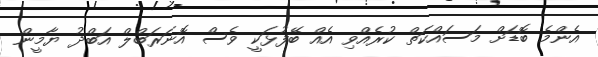
އެންމެ ބޮޑަށް މަސައްކަތް ކުރެއްވި އެއް ބޭފުޅަކީ ވެސް އޮނަރަބްލް އަބްދު ޔާމީން